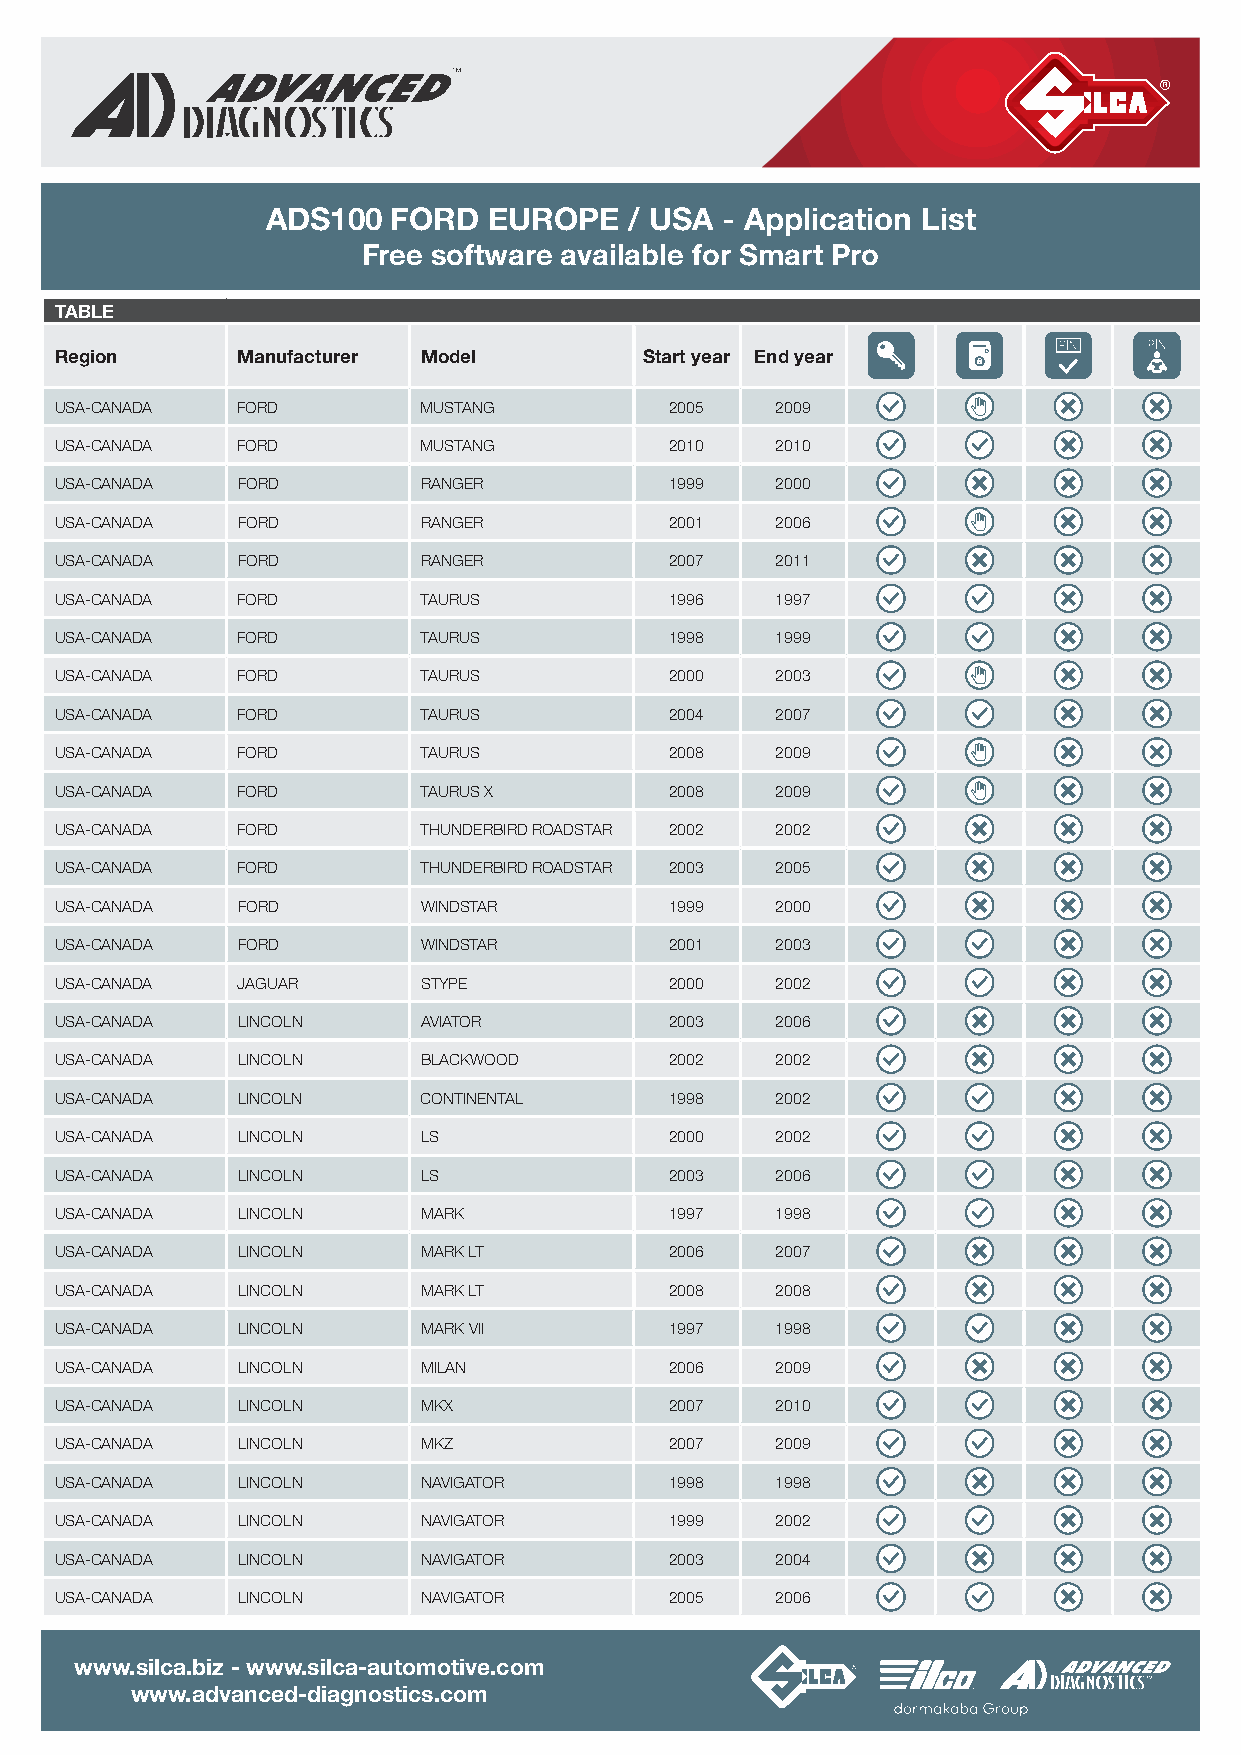
ADS100  FORD  EUROPE    / USA - Application List
 Free software available for Smart Pro
 TABLE
 Region      Manufacturer Model         Start year End year
 USA- CANADA FORD        MUSTANG         2005   2009
 USA- CANADA FORD        MUSTANG         2010   2010
 USA- CANADA FORD        RANGER          1999   2000
 USA- CANADA FORD        RANGER          2001   2006
 USA- CANADA FORD        RANGER          2007   2011
 USA- CANADA FORD        TAURUS          1996   1997
 USA- CANADA FORD        TAURUS          1998   1999
 USA- CANADA FORD        TAURUS          2000   2003
 USA- CANADA FORD        TAURUS          2004   2007
 USA- CANADA FORD        TAURUS          2008   2009
 USA- CANADA FORD        TAURUS X        2008   2009
 USA- CANADA FORD        THUNDERBIRD ROADSTAR 2002 2002
 USA- CANADA FORD        THUNDERBIRD ROADSTAR 2003 2005
 USA- CANADA FORD        WINDSTAR        1999   2000
 USA- CANADA FORD        WINDSTAR        2001   2003
 USA- CANADA JAGUAR      S TYPE          2000   2002
 USA- CANADA LINCOLN     AVIATOR         2003   2006
 USA- CANADA LINCOLN     BLACKWOOD       2002   2002
 USA- CANADA LINCOLN     CONTINENTAL     1998   2002
 USA- CANADA LINCOLN     LS              2000   2002
 USA- CANADA LINCOLN     LS              2003   2006
 USA- CANADA LINCOLN     MARK            1997   1998
 USA- CANADA LINCOLN     MARK LT         2006   2007
 USA- CANADA LINCOLN     MARK LT         2008   2008
 USA- CANADA LINCOLN     MARK VII        1997   1998
 USA- CANADA LINCOLN     MILAN           2006   2009
 USA- CANADA LINCOLN     MKX             2007   2010
 USA- CANADA LINCOLN     MKZ             2007   2009
 USA- CANADA LINCOLN     NAVIGATOR       1998   1998
 USA- CANADA LINCOLN     NAVIGATOR       1999   2002
 USA- CANADA LINCOLN     NAVIGATOR       2003   2004
 USA- CANADA LINCOLN     NAVIGATOR       2005   2006
 www.silca.biz - www.silca-automotive.com
 www.advanced-diagnostics.com